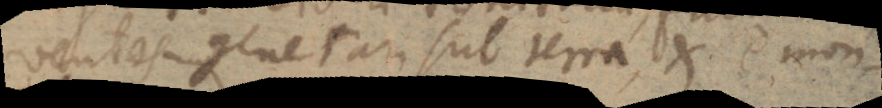
ventos generari sub terra, et e mon-